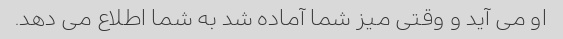
او می آید و وقتی میز شما آماده شد به شما اطلاع می دهد.